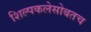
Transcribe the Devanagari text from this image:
शिल्पकलेसोबतच